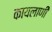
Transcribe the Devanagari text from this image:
कायलाणी